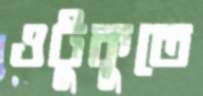
ওটুকুতে